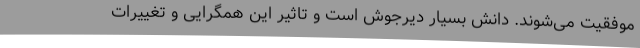
موفقیت می‌شوند. دانش بسیار دیرجوش است و تاثیر این همگرایی و تغییرات